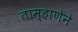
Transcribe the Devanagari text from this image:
ताम्हाणेने